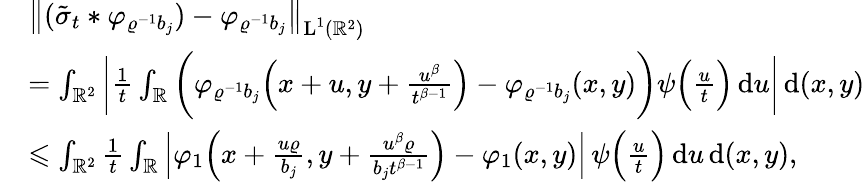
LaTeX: \begin{array}{rl}&{\big\| (\tilde{\sigma}_{t}\ast\varphi_{\varrho^{-1}b_{j}})-\varphi_{\varrho^{-1}b_{j}}\big\| _{\textup{L}^{1}(\mathbb{R}^{2})}}\\ &{=\int_{\mathbb{R}^{2}}\bigg|\frac{1}{t}\int_{\mathbb{R}}\bigg(\varphi_{\varrho^{-1}b_{j}}\Big(x+u,y+\frac{u^{\beta}}{t^{\beta-1}}\Big)-\varphi_{\varrho^{-1}b_{j}}(x,y)\bigg)\psi\Big(\frac{u}{t}\Big)\, \textup{d}u\bigg|\, \textup{d}(x,y)}\\ &{\leqslant\int_{\mathbb{R}^{2}}\frac{1}{t}\int_{\mathbb{R}}\Big|\varphi_{1}\Big(x+\frac{u\varrho}{b_{j}},y+\frac{u^{\beta}\varrho}{b_{j}t^{\beta-1}}\Big)-\varphi_{1}(x,y)\Big|\, \psi\Big(\frac{u}{t}\Big)\, \textup{d}u\, \textup{d}(x,y),}\end{array}